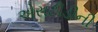
એસટીડીની